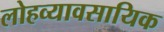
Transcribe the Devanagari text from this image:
लोहव्यावसायिक